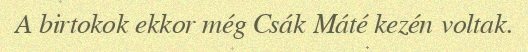
A birtokok ekkor még Csák Máté kezén voltak.